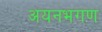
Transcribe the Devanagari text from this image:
अयनभगण